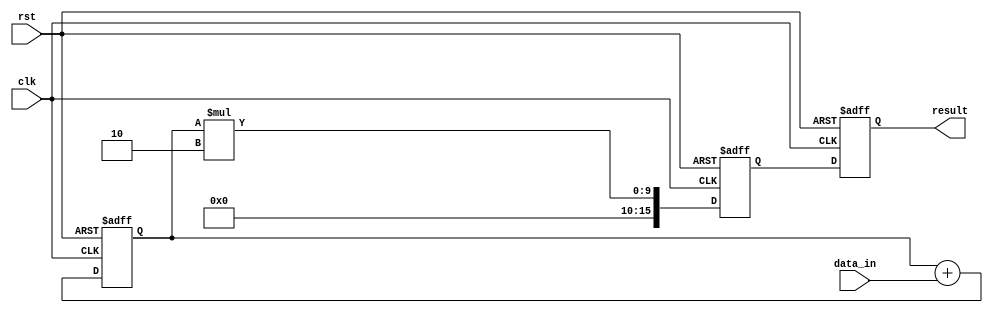
module PipelineAccumulator (
    input wire clk,
    input wire rst,
    input wire [7:0] data_in,
    output reg [15:0] result
);

reg [7:0] stage1_out;
reg [15:0] stage2_out;

always @(posedge clk or negedge rst) begin
    if (!rst) begin
        stage1_out <= 8'b0;
        stage2_out <= 16'b0;
        result <= 16'b0;
    end else begin
        // Stage 1: Addition
        stage1_out <= stage1_out + data_in;
        
        // Stage 2: Multiplication
        stage2_out <= stage1_out * 2;
        
        // Output
        result <= stage2_out;
    end
end

endmodule